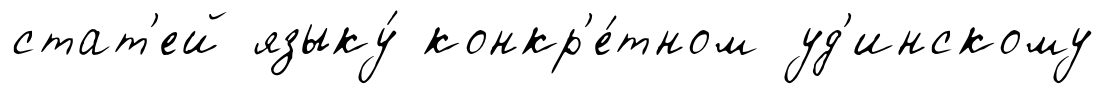
стат'ей языку́ конкр'е́тном уд'инскому